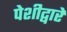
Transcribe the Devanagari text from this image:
पेशीद्वारे